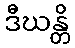
ဒီဃန္တိ